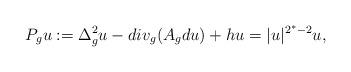
LaTeX: \begin{align*}P_g u:= \Delta_g^2 u-div_g (A_g du) +h u=|u|^{2^\ast-2}u,\end{align*}